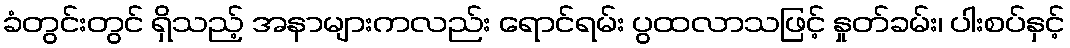
ခံတွင်းတွင် ရှိသည့် အနာများကလည်း ရောင်ရမ်း ပွထလာသဖြင့် နှုတ်ခမ်း၊ ပါးစပ်နှင့်